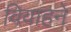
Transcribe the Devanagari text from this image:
विवाहने